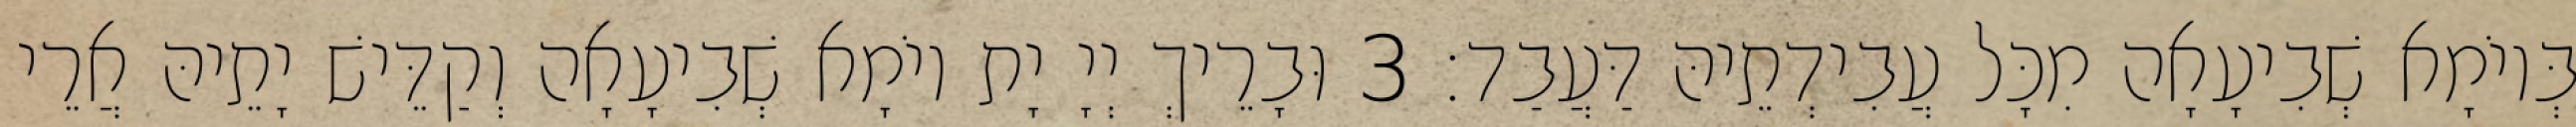
בְּיוֹמָא שְׁבִיעָאָה מִכָּל עֲבִידְתֵיהּ דַּעֲבַד׃ 3 וּבָרֵיךְ יְיָ יָת יוֹמָא שְׁבִיעָאָה וְקַדֵּישׁ יָתֵיהּ אֲרֵי